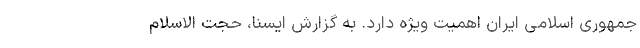
جمهوری اسلامی ایران اهمیت ویژه دارد. به گزارش ایسنا، حجت الاسلام